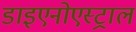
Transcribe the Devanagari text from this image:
डाइएनोएस्ट्राल